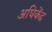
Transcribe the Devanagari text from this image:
अघिकेंद्र